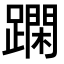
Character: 𨅽